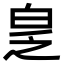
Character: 𬐆